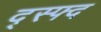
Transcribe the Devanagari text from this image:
द्स्फ्द